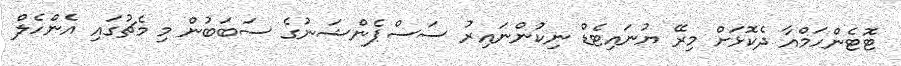
ޓޮޓެންހަމްއާ ދެކޮޅަށް މިރޭ ޔުނައިޓެޑް ނިކުންނައިރު ސަސްޕެންޝަނުގެ ސަބަބުން މި މެޗުގައި އެންހެލް